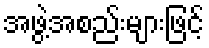
အဖွဲ့အစည်းများဖြင့်